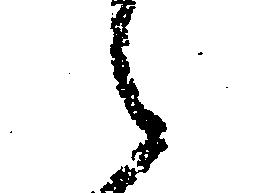
え